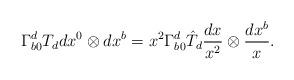
LaTeX: \begin{align*}\Gamma^d_{b0}T_ddx^0 \otimes dx^b = x^2\Gamma^d_{b0} \hat{T}_d \frac{dx}{x^2} \otimes \frac{dx^b}{x}.\end{align*}